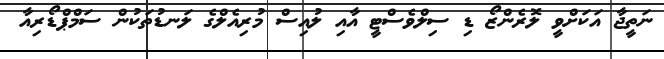
ނަތީޖާ އަކަށްވީ ލޮރެންޒޯ ޑި ސިލްވެސްޓީ އާއި ލުއިސް މުރިއެލްގެ ލަނޑުތަކުން ސަމްޕްޑޯރިއާ